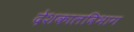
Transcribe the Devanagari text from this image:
देशकालविभाग